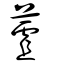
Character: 蔖